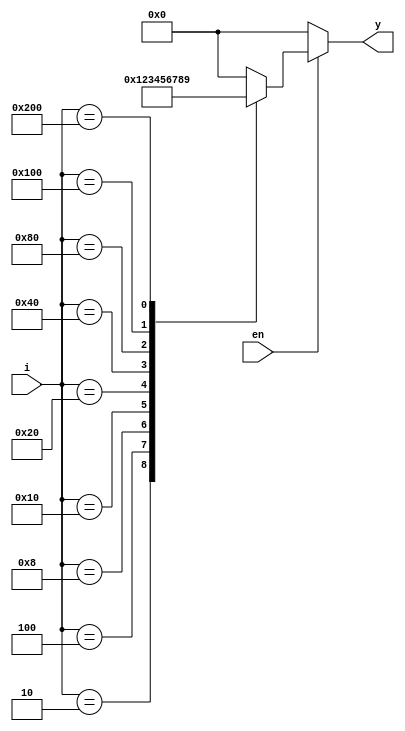
// Decimal to BCD Behavioral coding

module D_to_BCD_behav(i,en,y);
    
    // Inputs
    input en;
    input [9:0] i;

    // Outputs
    output reg [3:0] y;  //Output should be register data type in behavioral

    always @ (en,i)
        begin
            if(en==0)
                y=4'b0000;
            else
                case (i)
                    10'b0000000001: y=4'b0000;
                    10'b0000000010: y=4'b0001;
                    10'b0000000100: y=4'b0010;
                    10'b0000001000: y=4'b0011;
                    10'b0000010000: y=4'b0100;
                    10'b0000100000: y=4'b0101;
                    10'b0001000000: y=4'b0110;
                    10'b0010000000: y=4'b0111;
                    10'b0100000000: y=4'b1000;
                    10'b1000000000: y=4'b1001;
                    default: y=4'b0000;
                endcase
        end
        initial $monitor($time,"\ti0=%b, i1=%b, i2=%b, i3=%b, i4=%b, i5=%b, i6=%b, i7=%b, i8=%b, i9=%b, y3=%b, y2=%b, y1=%b, y0=%b", i[0],i[1],i[2],i[3],i[4],i[5],i[6],i[7],i[8],i[9],y[3],y[2],y[1],y[0]);

endmodule